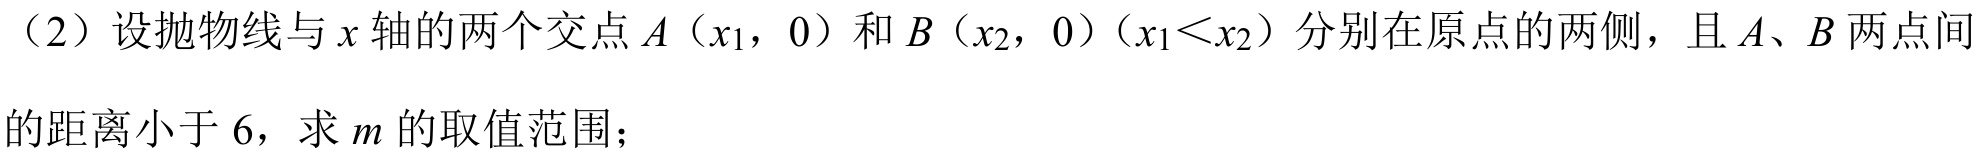
（2）设抛物线与 \(x\) 轴的两个交点 \(A（x_{1}，0）\) 和 \(B（x_{2}，0）\)（\(x_{1}<x_{2}\)）分别在原点的两侧，且 \(A、B\) 两点间的距离小于 \(6\)，求 \(m\) 的取值范围；